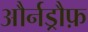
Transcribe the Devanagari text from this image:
और्नड्रौफ़